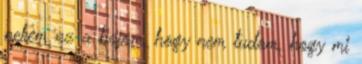
nekem az a bajom, hogy nem tudom, hogy mi